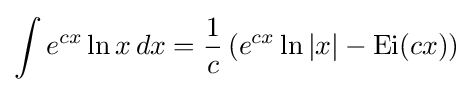
\int e^{cx}\ln x\,dx={\frac {1}{c}}\left(e^{cx}\ln |x|-\operatorname {Ei} (cx)\right)